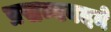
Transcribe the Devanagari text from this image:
प्रसन्नवदने